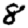
Digit: 8